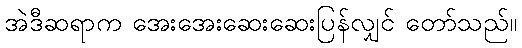
အဲဒီဆရာက အေးအေးဆေးဆေးပြန်လျှင် တော်သည်။